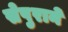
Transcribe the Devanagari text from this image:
सेपुराने